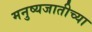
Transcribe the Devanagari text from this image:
मनुष्यजातीच्या